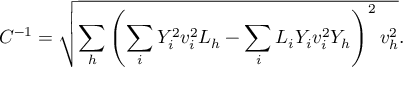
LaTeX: C ^ { - 1 } = { \sqrt { \sum _ { h } \left( \sum _ { i } Y _ { i } ^ { 2 } v _ { i } ^ { 2 } L _ { h } - \sum _ { i } L _ { i } Y _ { i } v _ { i } ^ { 2 } Y _ { h } \right) ^ { 2 } v _ { h } ^ { 2 } } } .